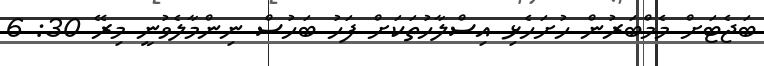
ބަޖެޓަށް މެމްބަރުން ހުށަހެޅި އިސްލާހުތަކަށް ފަހު ބަހުސް ނިންމާލެވުނީ މިރޭ 30: 6